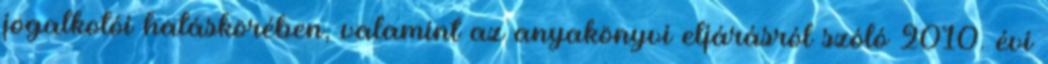
jogalkotói hatáskörében, valamint az anyakönyvi eljárásról szóló 2010. évi